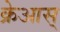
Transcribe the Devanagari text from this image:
क्रेआस्